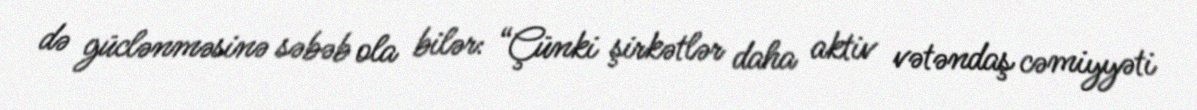
də güclənməsinə səbəb ola bilər: “Çünki şirkətlər daha aktiv vətəndaş cəmiyyəti